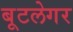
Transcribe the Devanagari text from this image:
बूटलेगर